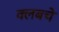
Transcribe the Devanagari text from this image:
क्‍लबचे